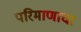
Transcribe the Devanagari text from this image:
परिमाणाचा